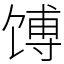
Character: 馎